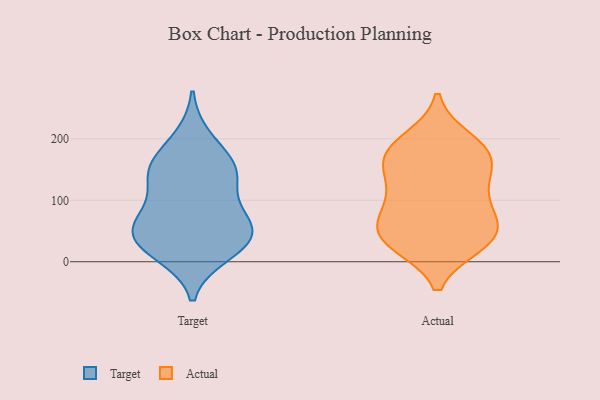
{"axis": {"x": "LTV (USD)", "y": "Value"}, "legend": ["Actual", "Target"], "data": [{"x": "", "y": 14, "type": "Target"}, {"x": "", "y": 70, "type": "Target"}, {"x": "", "y": 55, "type": "Target"}, {"x": "", "y": 27, "type": "Target"}, {"x": "", "y": 49, "type": "Target"}, {"x": "", "y": 95, "type": "Target"}, {"x": "", "y": 143, "type": "Target"}, {"x": "", "y": 150, "type": "Target"}, {"x": "", "y": 30, "type": "Target"}, {"x": "", "y": 151, "type": "Target"}, {"x": "", "y": 50, "type": "Target"}, {"x": "", "y": 150, "type": "Target"}, {"x": "", "y": 200, "type": "Target"}, {"x": "", "y": 107, "type": "Actual"}, {"x": "", "y": 50, "type": "Actual"}, {"x": "", "y": 143, "type": "Actual"}, {"x": "", "y": 198, "type": "Actual"}, {"x": "", "y": 174, "type": "Actual"}, {"x": "", "y": 176, "type": "Actual"}, {"x": "", "y": 29, "type": "Actual"}, {"x": "", "y": 136, "type": "Actual"}, {"x": "", "y": 37, "type": "Actual"}, {"x": "", "y": 187, "type": "Actual"}, {"x": "", "y": 89, "type": "Actual"}, {"x": "", "y": 85, "type": "Actual"}, {"x": "", "y": 57, "type": "Actual"}, {"x": "", "y": 29, "type": "Actual"}, {"x": "", "y": 165, "type": "Actual"}, {"x": "", "y": 43, "type": "Actual"}]}